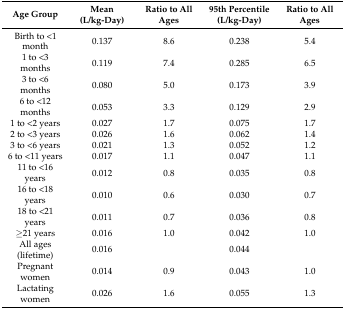
| Age Group | Mean (L/kg-Day) | Ratio to All Ages | 95th Percentile (L/kg-Day) | Ratio to All Ages |
 | --- | --- | --- | --- | --- |
 | Birth to <1 month | 0.137 | 8.6 | 0.238 | 5.4 |
 | 1 to <3 months | 0.119 | 7.4 | 0.285 | 6.5 |
 | 3 to <6 months | 0.080 | 5.0 | 0.173 | 3.9 |
 | 6 to <12 months | 0.053 | 3.3 | 0.129 | 2.9 |
 | 1 to <2 years | 0.027 | 1.7 | 0.075 | 1.7 |
 | 2 to <3 years | 0.026 | 1.6 | 0.062 | 1.4 |
 | 3 to <6 years | 0.021 | 1.3 | 0.052 | 1.2 |
 | 6 to <11 years | 0.017 | 1.1 | 0.047 | 1.1 |
 | 11 to <16 years | 0.012 | 0.8 | 0.035 | 0.8 |
 | 16 to <18 years | 0.010 | 0.6 | 0.030 | 0.7 |
 | 18 to <21 years | 0.011 | 0.7 | 0.036 | 0.8 |
 | ≥21 years | 0.016 | 1.0 | 0.042 | 1.0 |
 | All ages (lifetime) | 0.016 |  | 0.044 |  |
 | Pregnant women | 0.014 | 0.9 | 0.043 | 1.0 |
 | Lactating women | 0.026 | 1.6 | 0.055 | 1.3 |